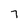
Character: 7